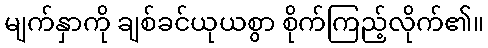
မျက်နှာကို ချစ်ခင်ယုယစွာ စိုက်ကြည့်လိုက်၏။